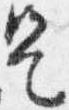
是